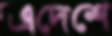
এদেশে